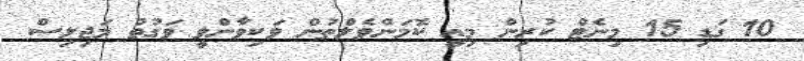
10 ގަޑި 15 މިނެޓް ކުރިން މިއީ ކޮމަންވެލްތުން ވަކިވާންވީ ވަގުތު މަޖިލިސް